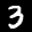
Label: 3